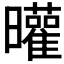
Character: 𣌓